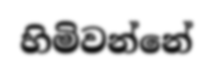
හිමිවන්නේ